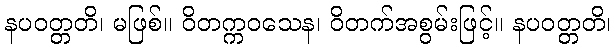
နပဝတ္တတိ၊ မဖြစ်။ ဝိတက္ကဝသေန၊ ဝိတက်အစွမ်းဖြင့်။ နပဝတ္တတိ၊